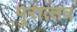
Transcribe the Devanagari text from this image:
पुरात्‍तव